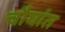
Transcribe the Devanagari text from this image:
चौघांत